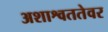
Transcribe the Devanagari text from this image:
अशाश्वततेवर